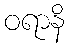
ဝရာနိ